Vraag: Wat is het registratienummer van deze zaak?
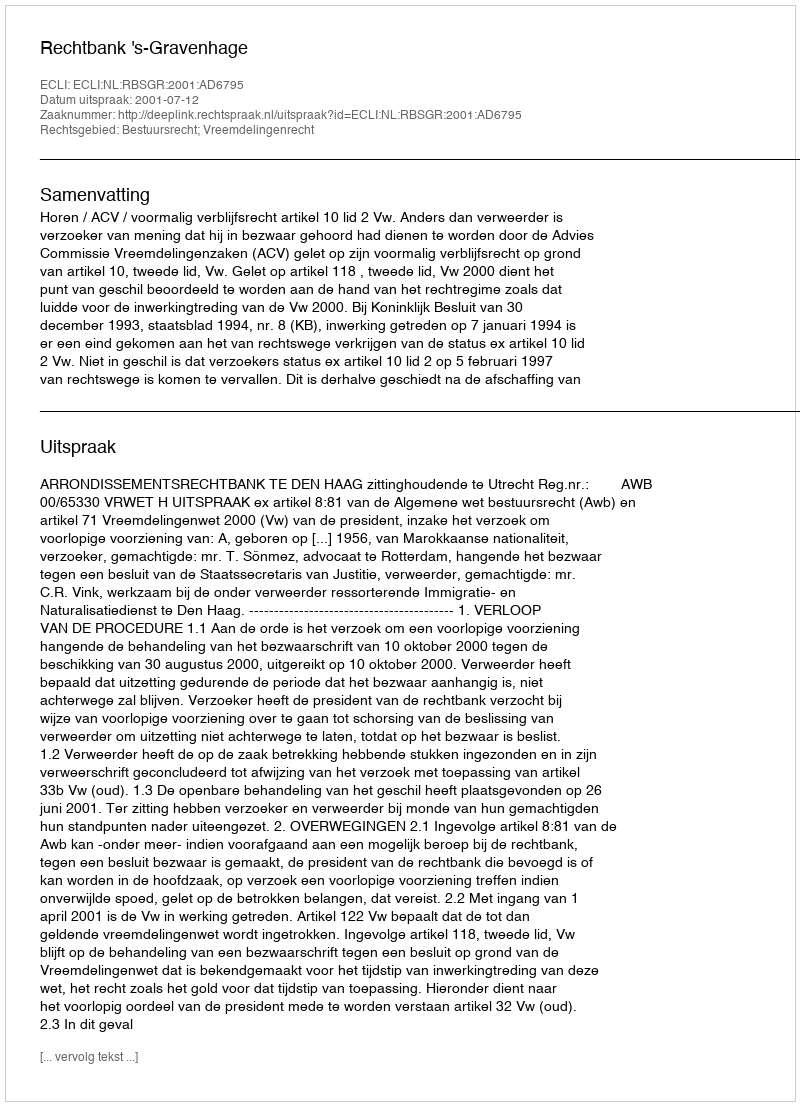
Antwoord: http://deeplink.rechtspraak.nl/uitspraak?id=ECLI:NL:RBSGR:2001:AD6795